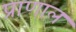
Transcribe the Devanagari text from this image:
प्राणाल